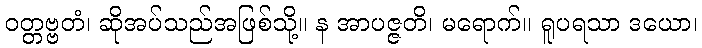
ဝတ္တဗ္ဗတံ၊ ဆိုအပ်သည်အဖြစ်သို့။ န အာပဇ္ဇတိ၊ မရောက်။ ရူပရသာ ဒယော၊